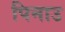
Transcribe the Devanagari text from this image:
पिनाउ